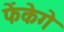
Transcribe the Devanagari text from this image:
फेंकेगे